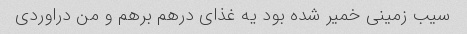
سیب زمینی خمیر شده بود یه غذای درهم برهم و من دراوردی